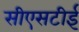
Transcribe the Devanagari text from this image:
सीएसटीई